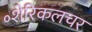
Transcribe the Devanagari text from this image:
॰शेरिकलचर